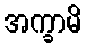
အက္ခာမိ